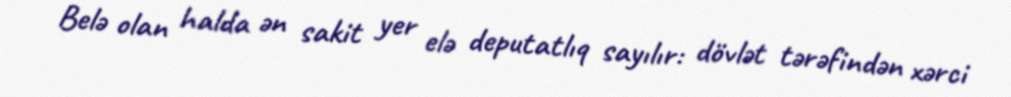
Belə olan halda ən sakit yer elə deputatlıq sayılır: dövlət tərəfindən xərci